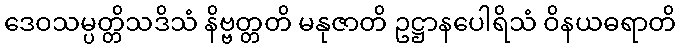
ဒေဝသမ္ပတ္တိသဒိသံ နိဗ္ဗတ္တတိ မနုဇာတိ ဥဋ္ဌာနပေါရိသံ ဝိနယဓရာတိ